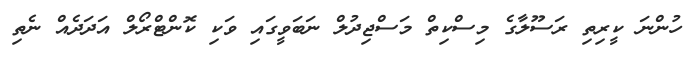
ހުންނަ ކީރިތި ރަސޫލާގެ މިސްކިތް މަސްޖިދުލް ނަބަވީގައި ވަކި ކޮންޓްރޯލް އަދަދެއް ނެތި